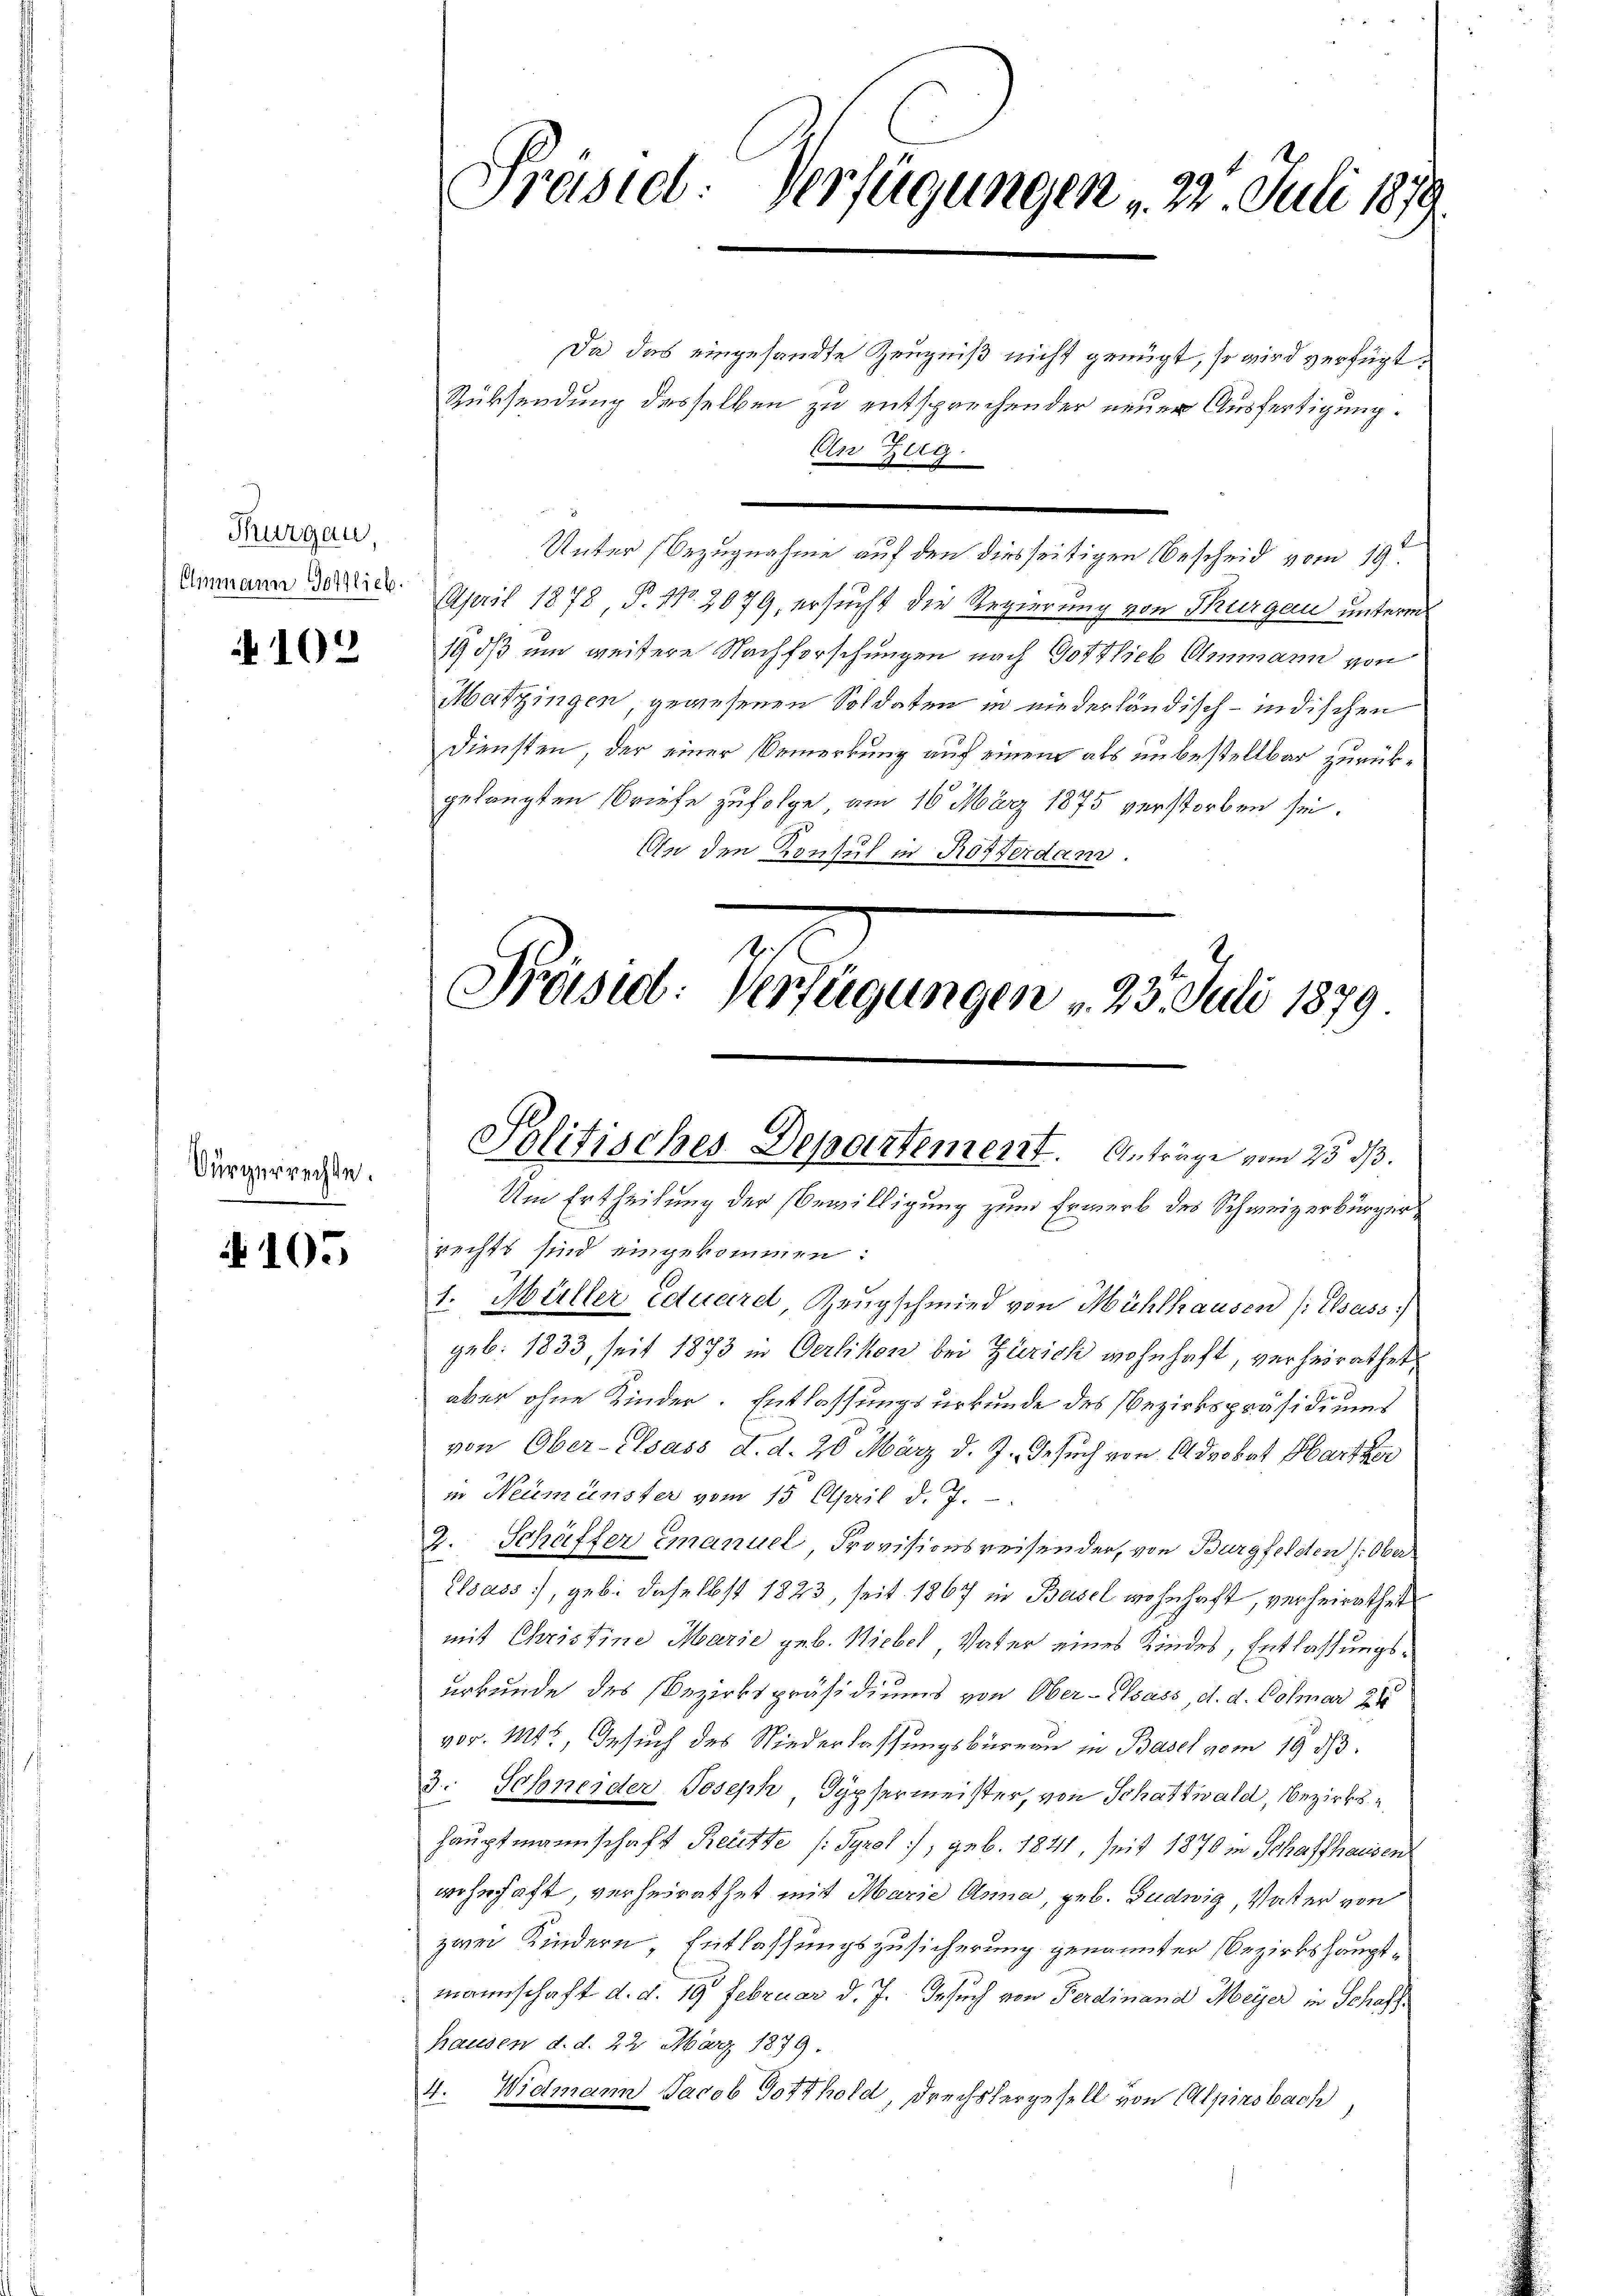
Thurgau,
Emmann Gottlieb.

102

Vürgerrechte.

105

Präsid Verfügungen 22. Juli 1879

Da das eingesandte Zeugniß nicht genügt, so wird verfügt
Rüksendung desselben zu entsprechender neuer Ausfertigung.
Unter Bezugnahme auf den diesseitigen Bescheid vom 19.
April 1878 P. 110. 2079, ersucht die Regierung von Thurgau unterm
19 dß um weitere Nachforschungen nach Gottlieb Ammann von
Mattingen, gewiesenen Soldaten in niederländisch-indischen
Diensten, der einer Bemerkung auf einem als unbestellbar zurückgelangten Briefe zufolge am 16. März 1875 verstorben sei.
An den Konsul in Rotterdam.

An Zeig.

Präsid: Verfügungen v. 23. Juli 1879

Politisches Departement. Anträge vom 25. d.

Um Ertheilung der Bewilligung zum Erwerb des Schweizerbürgerrechts sind eingekommen:
1. Müller Eduard, Zeugschmied von Mühlhausen (Elsass.)
geb. 1833, seit 1873 in Oerlikon bei Zürich wohnhaft, verheirathet
aber ohne Kinder. Entlassungsurkunde des Bezirkspräsidiums
von Ober-Elsass d. d. 20. März d. J. Gesuch von Advokat Hartker
in Neumünster vom 15. April d. J.
2. Schäfter Emanuel Provisionsreisender, von Burgfelden (Ober
Elsass, geb. daselbst 1823, seit 1867 in Basel wohnhaft, verheirathet
mit Christine Marie geb. Niebel Vater eines Kindes, Entlassungsurkunde des Bezirkspräsidiums von Ober-Elsass, d. d. Colmar 24
vor. Mtr, Gesuch des Niederlassungsbüreau in Basel vom 19. d.
3. Schneider Joseph, Gypsermeister, von Schatzwald, Bezirkshauptmannschaft Reitte (Tyrol, geb. 1841, seit 1870 in Schaffhausen
wohnhaft, verheirathet mit Marie Anna, geb. Gudwig, Vater von
zwei Kindern, Entlassungszusicherung genannter Bezirkshauptmannschaft d. d. 19 Februar d. J. Gesuch von Ferdinand Meyer in Schaft.
hausen d. d. 22. März 1879.
4. Widmann Jacob Gotthold, Drechslergesell von Alpirsbach